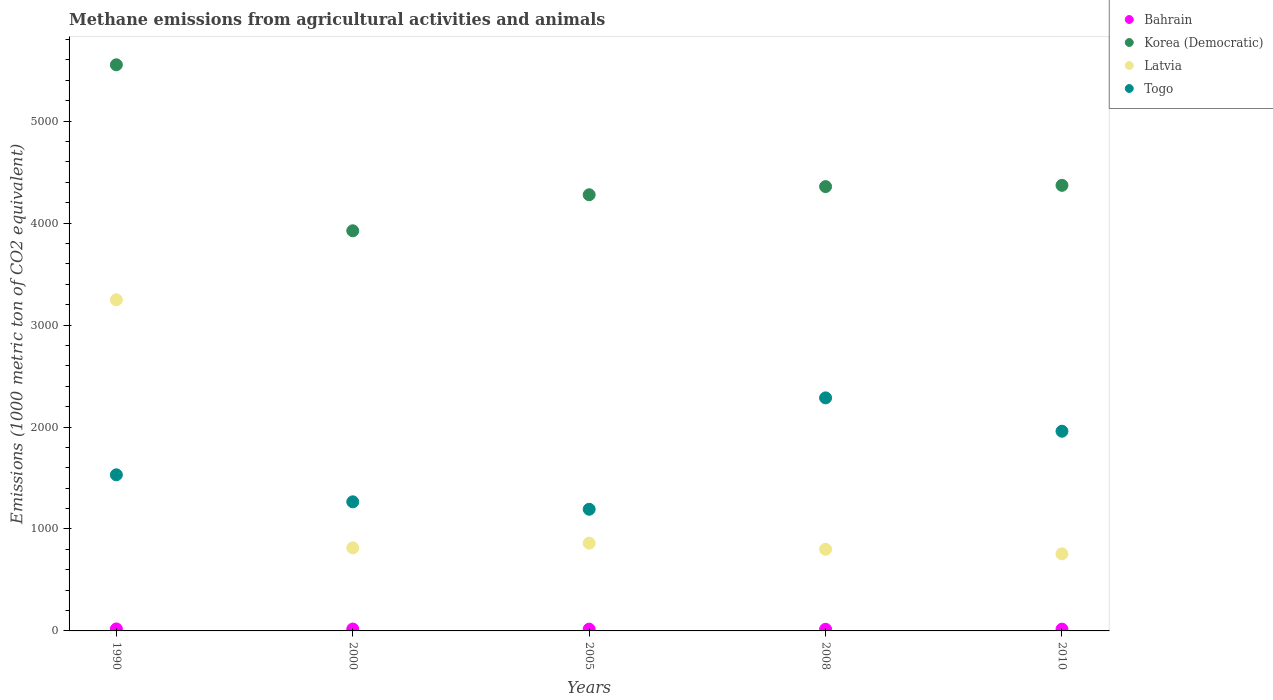
| Years | Bahrain | Korea (Democratic) | Latvia | Togo |
 | --- | --- | --- | --- | --- |
 | 1990 | 19.5 | 5.55e+03 | 3.25e+03 | 1.53e+03 |
 | 2000 | 18.5 | 3.92e+03 | 814 | 1.27e+03 |
 | 2005 | 17.5 | 4.28e+03 | 861 | 1.19e+03 |
 | 2008 | 16.2 | 4.36e+03 | 801 | 2.29e+03 |
 | 2010 | 17.7 | 4.37e+03 | 756 | 1.96e+03 |